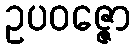
ဥပဝဇ္ဇော